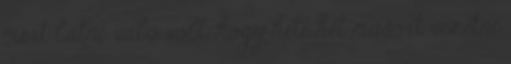
mert látni való volt, hogy heti hét műsort vezetni